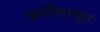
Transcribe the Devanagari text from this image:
जर्सीपासून